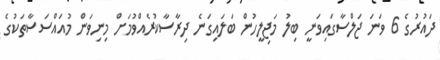
ދައުރުގެ 6 ވަނަ ޖަލްސާގައިވަނީ ބިލު މަޖިލީހުން ބަލައިގަނެ ދިރާސާކުރެއްވުމަށް މިނިވަން މުއައްސަސާތަކުގެ